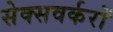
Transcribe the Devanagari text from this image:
सेक्सवर्करों